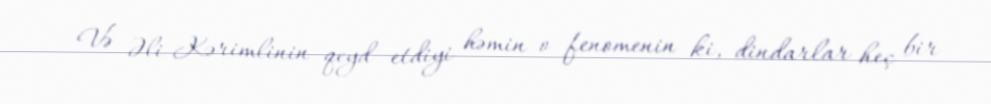
Və Əli Kərimlinin qeyd etdiyi həmin o fenomenin ki, dindarlar heç bir